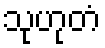
သုဟုတံ